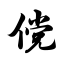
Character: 傥